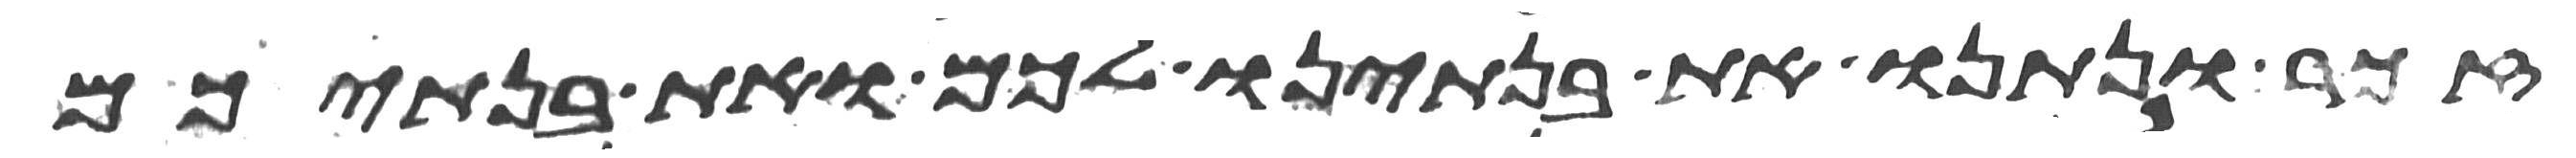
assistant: זכר ונתנו את בנתינו לכם ואת בנתיכם